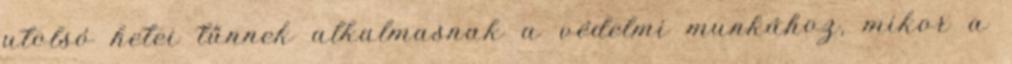
utolsó hetei tűnnek alkalmasnak a védelmi munkához, mikor a